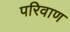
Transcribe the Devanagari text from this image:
परिवाण